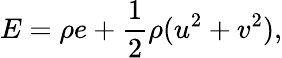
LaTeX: E=\rho e+\frac{1}{2}\rho(u^{2}+v^{2}),